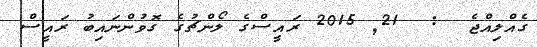
ގެއްލިއްޖެ  :  21